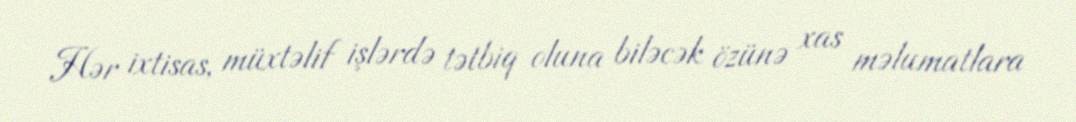
Hər ixtisas, müxtəlif işlərdə tətbiq oluna biləcək özünə xas məlumatlara